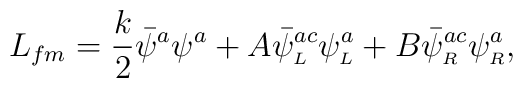
L_{fm}=\frac{k}{2}\bar{\psi}^a\psi^a+A\bar{\psi}^{ac}_{\scriptscriptstyle L}\psi^{a}_{\scriptscriptstyle L}+B\bar{\psi}^{ac}_{\scriptscriptstyle R}\psi^{a}_{\scriptscriptstyle R},